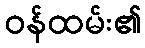
ဝန်ထမ်း၏